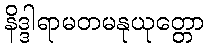
နိဒ္ဒါရာမတမနုယုတ္တော